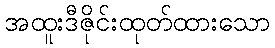
အထူးဒီဇိုင်းထုတ်ထားသော